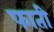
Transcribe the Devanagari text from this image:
फाती